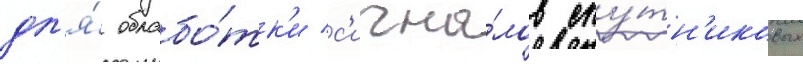
дл'я́ обрабо́тк'и с'игна́лов спу́тн'иковых